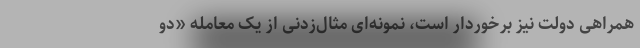
همراهی دولت نیز برخوردار است، نمونه‌ای مثال‌زدنی از یک معامله «دو